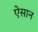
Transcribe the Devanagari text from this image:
ऐसान